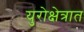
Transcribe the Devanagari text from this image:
युरोक्षेत्रात